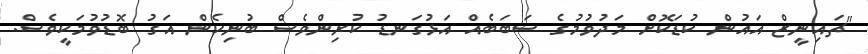
"ޗައިނީޒް އައުން ކުޑަކޮށް މަދުވުމުގެ ސަބަބެއް އަޅުގަނޑު ކުރިންވެސް ބުނިހެން އަގު ބޮޑުވުމަކީވެސް.